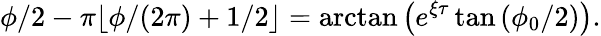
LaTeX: \phi/2-\pi\lfloor\phi/(2\pi)+1/2\rfloor=\arctan{\left(e^{\xi\tau}\tan{(\phi_{0}/2)}\right)}.